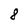
Character: 8